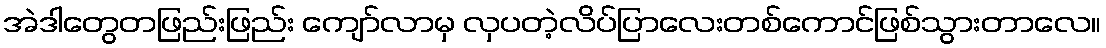
အဲဒါတွေတဖြည်းဖြည်း ကျော်လာမှ လှပတဲ့လိပ်ပြာလေးတစ်ကောင်ဖြစ်သွားတာလေ။